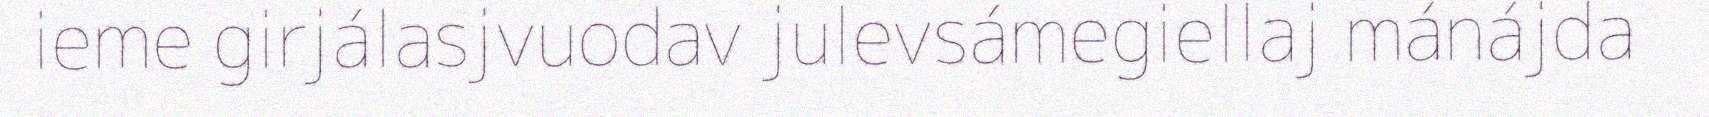
ieme girjálasjvuodav julevsámegiellaj mánájda